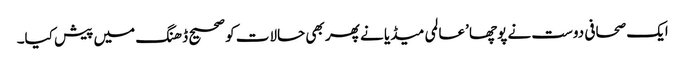
ایک صحافی دوست نے پوچھا ’عالمی میڈیا نے پھر بھی حالات کو صحیح ڈھنگ میں پیش کیا۔